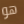
هو